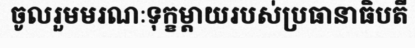
ចូលរួមមរណៈទុក្ខម្តាយរបស់ប្រធានាធិបតី